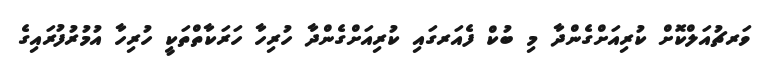
ވަރޗުއަލްކޮށް ކުރިއަށްގެންދާ މި ބުކް ފެއަރގައި ކުރިއަށްގެންދާ ހުރިހާ ހަރަކާތްތަކީ ހުރިހާ އުމުރުފުރައިގެ